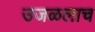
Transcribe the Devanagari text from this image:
उजळलाच